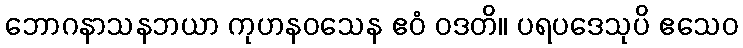
ဘောဂနာသနဘယာ ကုဟနဝသေန ဧဝံ ဝဒတိ။ ပရပဒေသုပိ ဧသေဝ